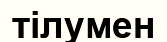
тілумен